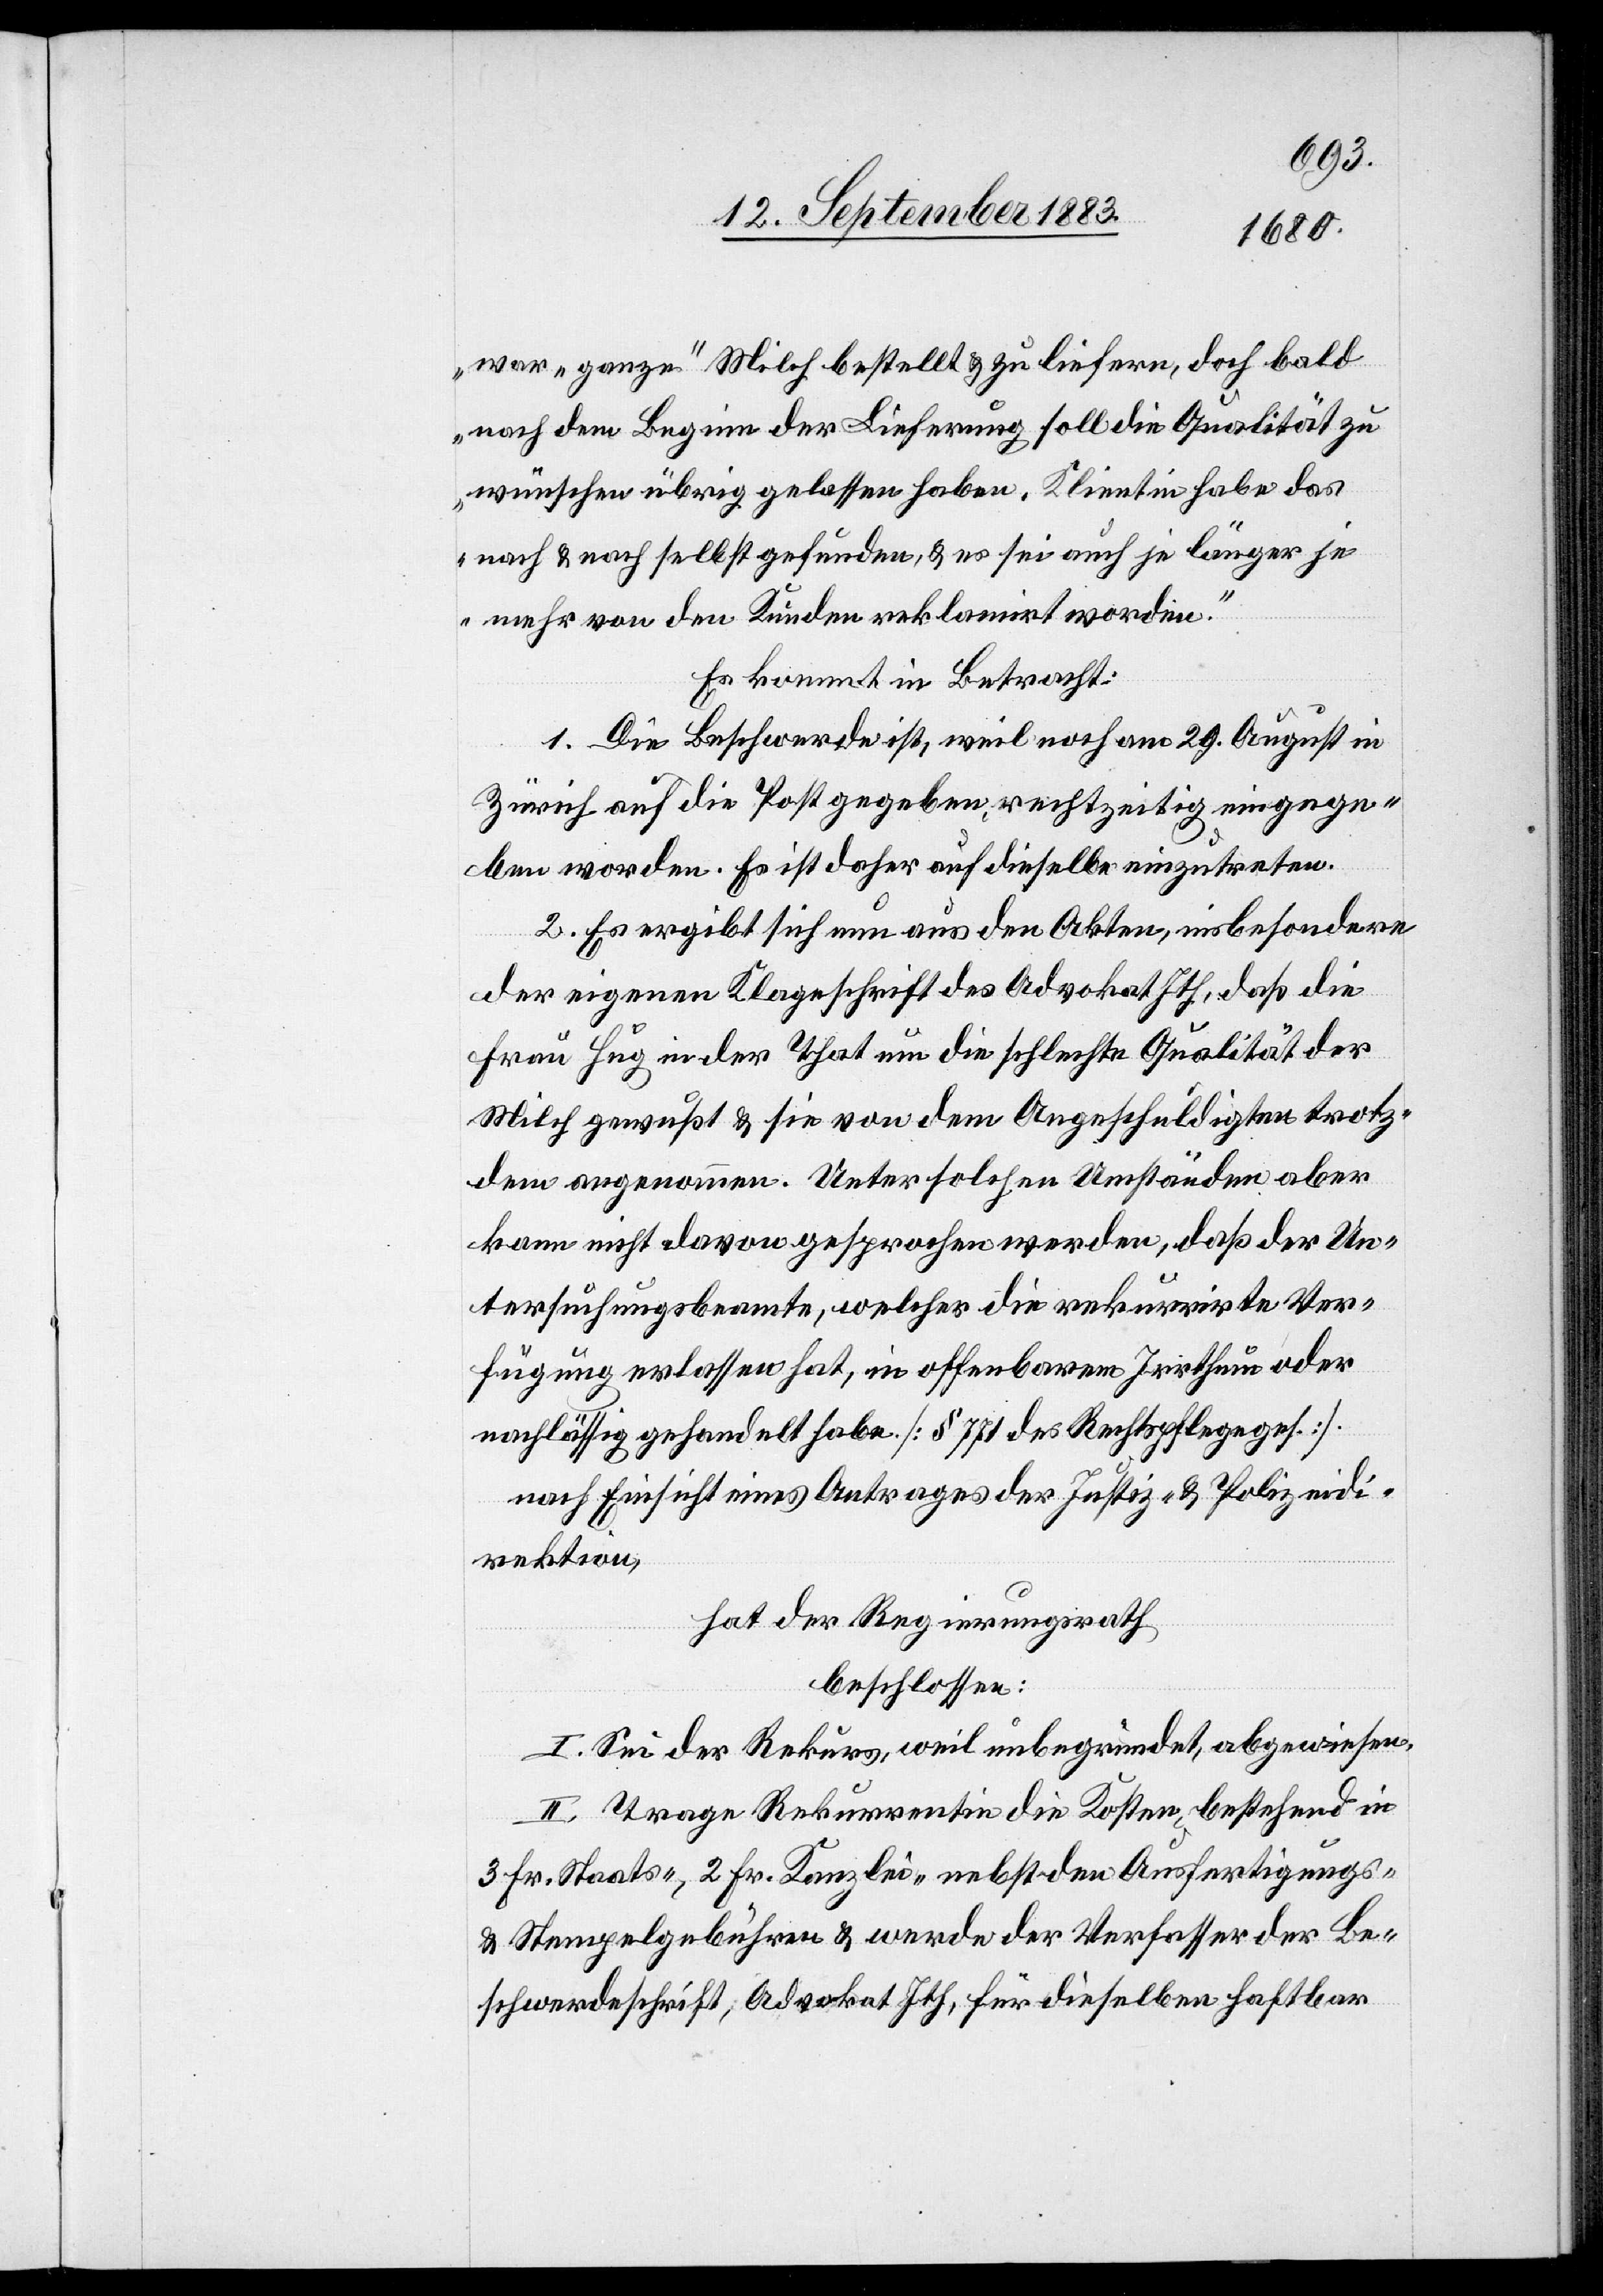
ben
war „ganze“ Milch bestellt & zu liefern, doch bald
nach dem Beginn der Lieferung soll die Qualität zu
wünschen übrig gelassen haben. Klientin habe das
nach & nach selbst gefunden, & es sei auch je länger je
mehr von den Kunden reklamirt worden.“
Es kommt in Betracht:
1. Die Beschwerde ist, weil noch am 29. August in
Zürich auf die Post gegeben, rechtzeitig eingege¬
2. Es ergibt sich nun aus den Akten, insbesondere
der eigenen Klageschrift des Advokat Ith, daß die
Frau Hug in der That um die schlechte Qualität der
Milch gewußt & sie von dem Angeschuldigten trotz¬
dem angenommen. Unter solchen Umständen aber
kann nicht davon gesprochen werden, daß der Un¬
tersuchungsbeamte, welcher die rekurrirte Unter¬
suchung erlassen hat, in offenbarem Irrthum oder
nachlässig gehandelt habe. [§ 771 des Rechtspflegeges.]
nach Einsicht eines Antrages der Justiz- & Polizeidi¬
rektion,
hat der Regierungsrath
beschlossen:
I. Sei der Rekurs, weil unbegründet, abgewiesen.
II. Trage Rekurrentin die Kosten, bestehend in
3 Fr. Staats-, 2 Fr. Kanzlei- nebst den Ausfertigungs-
& Stempelgebühren & werde der Verfasser der Be¬
schwerdeschrift, Advokat Ith, für dieselbe haftbar